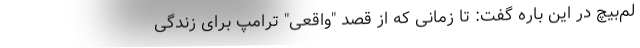
لم‌بیچ در این باره گفت: تا زمانی که از قصد "واقعی" ترامپ برای زندگی